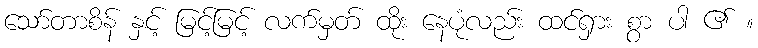
သော်တာစိန် နှင့် မြင့်မြင့် လက်မှတ် ထိုး နေပုံလည်း ထင်ရှား စွာ ပါ ၏ ။